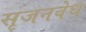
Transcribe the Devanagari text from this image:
सृजनवेध